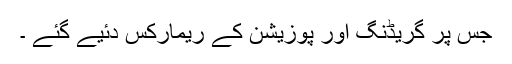
جس پر گریڈنگ اور پوزیشن کے ریمارکس دئیے گئے ۔